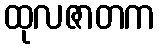
ထုလဇာတက